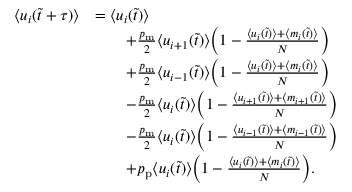
\begin{array} { r l } { \langle u _ { i } ( \tilde { t } + \tau ) \rangle } & { = \langle u _ { i } ( \tilde { t } ) \rangle } \\ & { \qquad + \frac { p _ { \mathrm { m } } } { 2 } \langle u _ { i + 1 } ( \tilde { t } ) \rangle \bigg ( 1 - \frac { \langle u _ { i } ( \tilde { t } ) \rangle + \langle m _ { i } ( \tilde { t } ) \rangle } { N } \bigg ) } \\ & { \qquad + \frac { p _ { \mathrm { m } } } { 2 } \langle u _ { i - 1 } ( \tilde { t } ) \rangle \bigg ( 1 - \frac { \langle u _ { i } ( \tilde { t } ) \rangle + \langle m _ { i } ( \tilde { t } ) \rangle } { N } \bigg ) } \\ & { \qquad - \frac { p _ { \mathrm { m } } } { 2 } \langle u _ { i } ( \tilde { t } ) \rangle \bigg ( 1 - \frac { \langle u _ { i + 1 } ( \tilde { t } ) \rangle + \langle m _ { i + 1 } ( \tilde { t } ) \rangle } { N } \bigg ) } \\ & { \qquad - \frac { p _ { \mathrm { m } } } { 2 } \langle u _ { i } ( \tilde { t } ) \rangle \bigg ( 1 - \frac { \langle u _ { i - 1 } ( \tilde { t } ) \rangle + \langle m _ { i - 1 } ( \tilde { t } ) \rangle } { N } \bigg ) } \\ & { \qquad + p _ { \mathrm { p } } \langle u _ { i } ( \tilde { t } ) \rangle \bigg ( 1 - \frac { \langle u _ { i } ( \tilde { t } ) \rangle + \langle m _ { i } ( \tilde { t } ) \rangle } { N } \bigg ) . } \end{array}